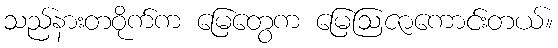
သည်နားတဝိုက်က မြေတွေက မြေဩဇာကောင်းတယ်။